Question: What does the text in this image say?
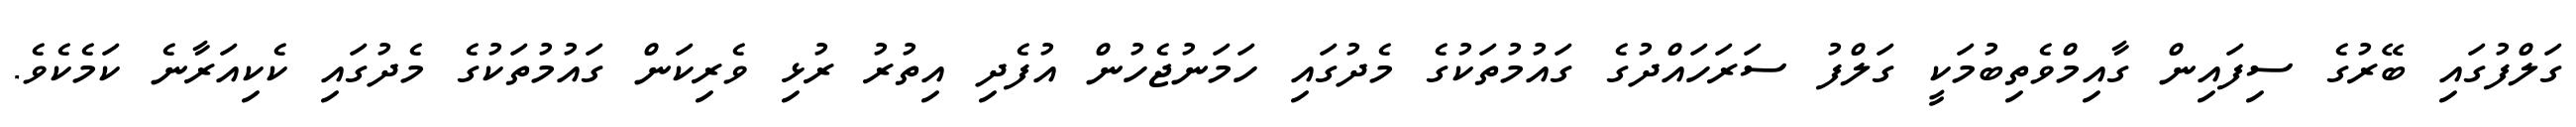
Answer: ގަލްފުގައި ބޭރުގެ ސިފައިން ގާއިމްވެތިބުމަކީ ގަލްފު ސަރަހައްދުގެ ގައުމުތަކުގެ މެދުގައި ހަމަނުޖެހުން އުފެދި އިތުރު ރުޅި ވެރިކަން ގައުމުތަކުގެ މެދުގައި ކެކިއަރާނެ ކަމެކެވެ.